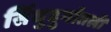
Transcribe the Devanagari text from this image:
सिंधुदुर्गातली